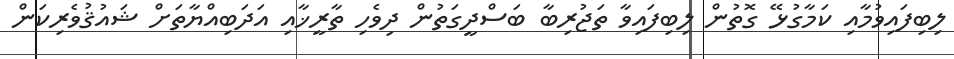
ލިބިފައިވުމާއި ކަމާގުޅޭ ގޮތުން ލިބިފައިވާ ތަޖުރިބާ ބަސްދީގަތުން ދިވެހި ތާރީޚާއި އަދަބިއްޔާތަށް ޝައުޤުވެރިކަން